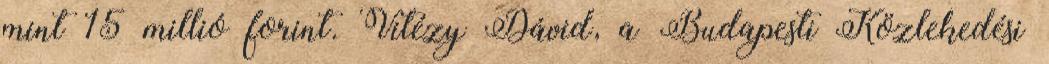
mint 15 millió forint. Vitézy Dávid, a Budapesti Közlekedési